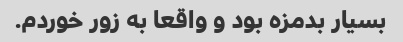
بسیار بدمزه بود و واقعا به زور خوردم.